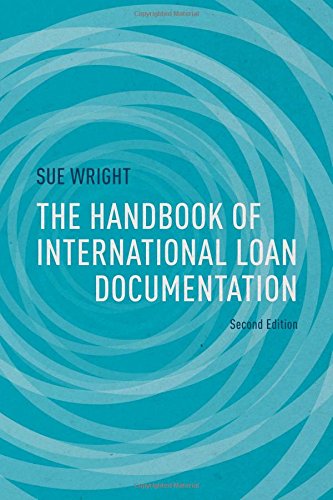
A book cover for The Handbook of International Loan Documentation: Second Edition (Global Financial Markets); Sue Wright; Business & Money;